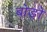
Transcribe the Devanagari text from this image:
बोङो